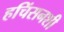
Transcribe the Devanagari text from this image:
हचिंसनशी